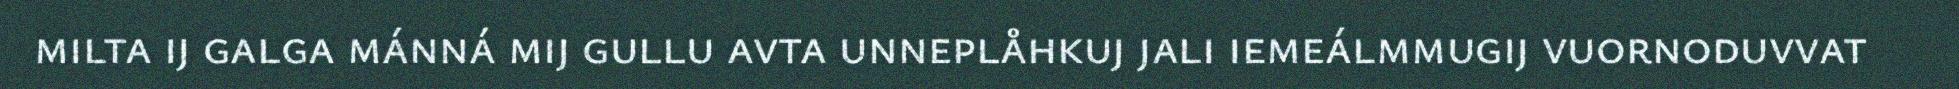
milta ij galga mánná mij gullu avta unneplåhkuj jali iemeálmmugij vuornoduvvat